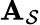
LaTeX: {\mathbf A}_{\mathcal S}